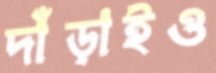
দাঁড়াইও